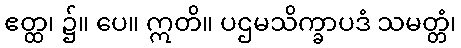
ဧတ္ထ၊ ၌။ ပေ။ ဣတိ။ ပဌမသိက္ခာပဒံ သမတ္တံ၊